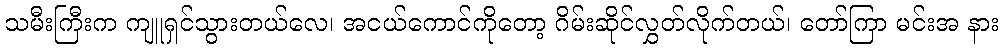
သမီးကြီးက ကျူရှင်သွားတယ်လေ၊ အငယ်ကောင်ကိုတော့ ဂိမ်းဆိုင်လွှတ်လိုက်တယ်၊ တော်ကြာ မင်းအ နား